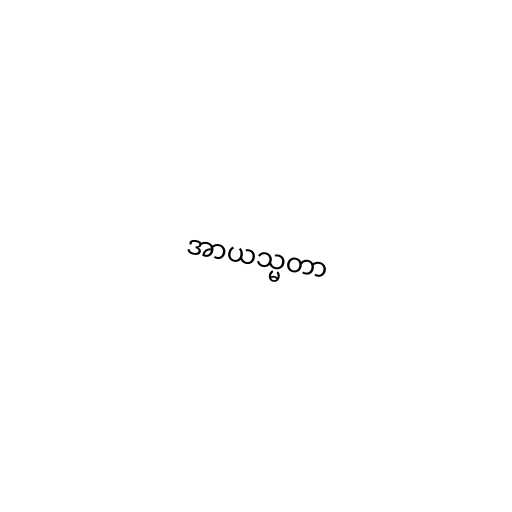
အာယသ္မတာ